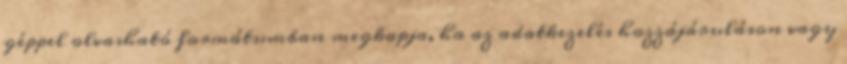
géppel olvasható formátumban megkapja, ha az adatkezelés hozzájáruláson vagy